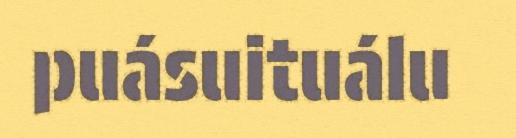
puásuituálu